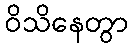
ဝိသိနေတွာ